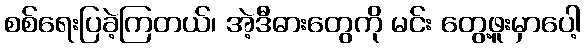
စစ်ရေးပြခဲ့ကြတယ်၊ အဲ့ဒီဓားတွေကို မင်း တွေ့ဖူးမှာပေါ့